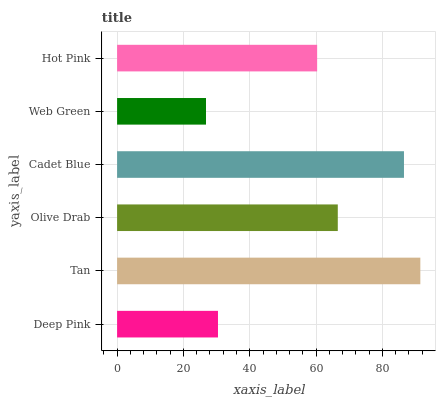
| yaxis_label | bars |
 | --- | --- |
 | Deep Pink | 30.4 |
 | Tan | 91.4 |
 | Olive Drab | 66.5 |
 | Cadet Blue | 86.5 |
 | Web Green | 26.8 |
 | Hot Pink | 60.3 |